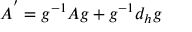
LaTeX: A ^ { ' } = g ^ { - 1 } A g + g ^ { - 1 } d _ { h } g